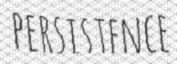
PERSISTENCE